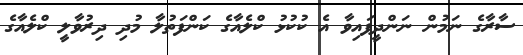
ސާރާގެ ނަމުން ނަންދީފައިވާ އެ ކުކުޅު ކްލެއާގެ ކަންފަތުލާ މުދި ދިރުވާލީ ކްލެއާގެ